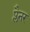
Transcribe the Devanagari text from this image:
प्लैनर